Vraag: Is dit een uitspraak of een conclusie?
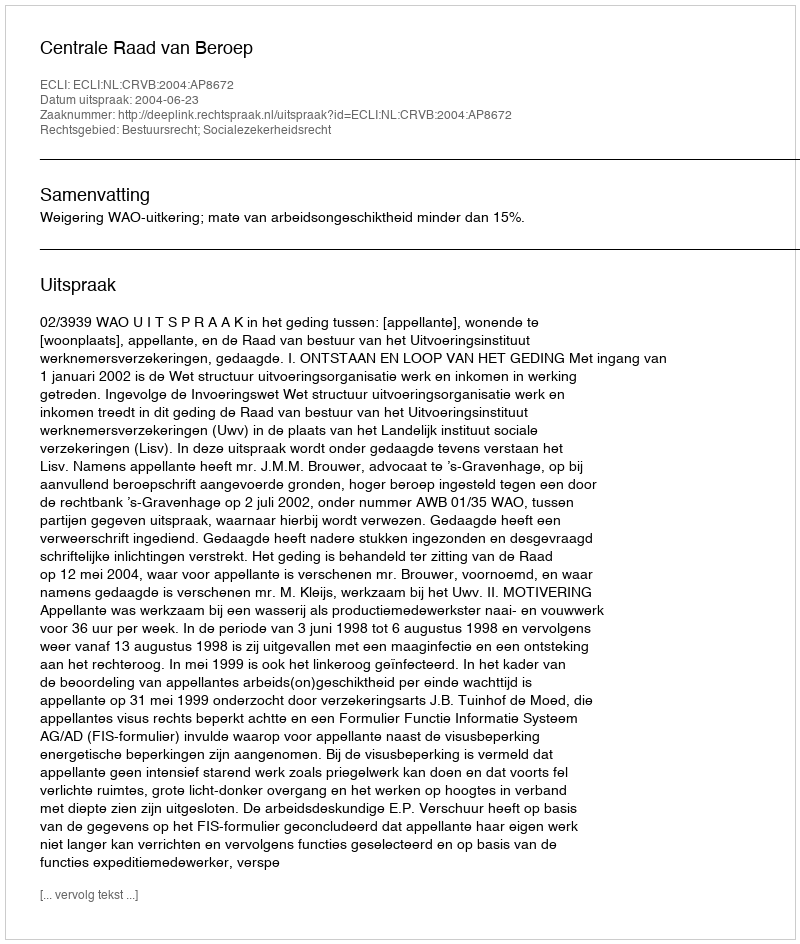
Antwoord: Uitspraak